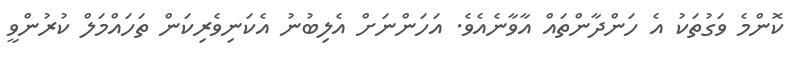
ކޮންމެ ވަގުތަކު އެ ހަންދާންތައް އާވާނެއެވެ. އަހަންނަށް އެލިބުނު އެކަނިވެރިކަން ތަހައްމަލް ކުރުންވީ